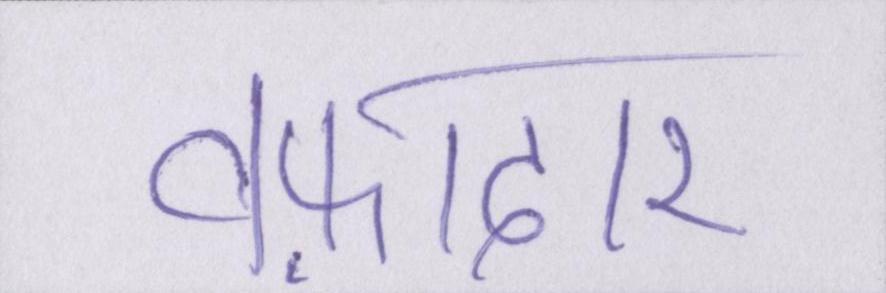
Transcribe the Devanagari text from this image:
वफ़ादार